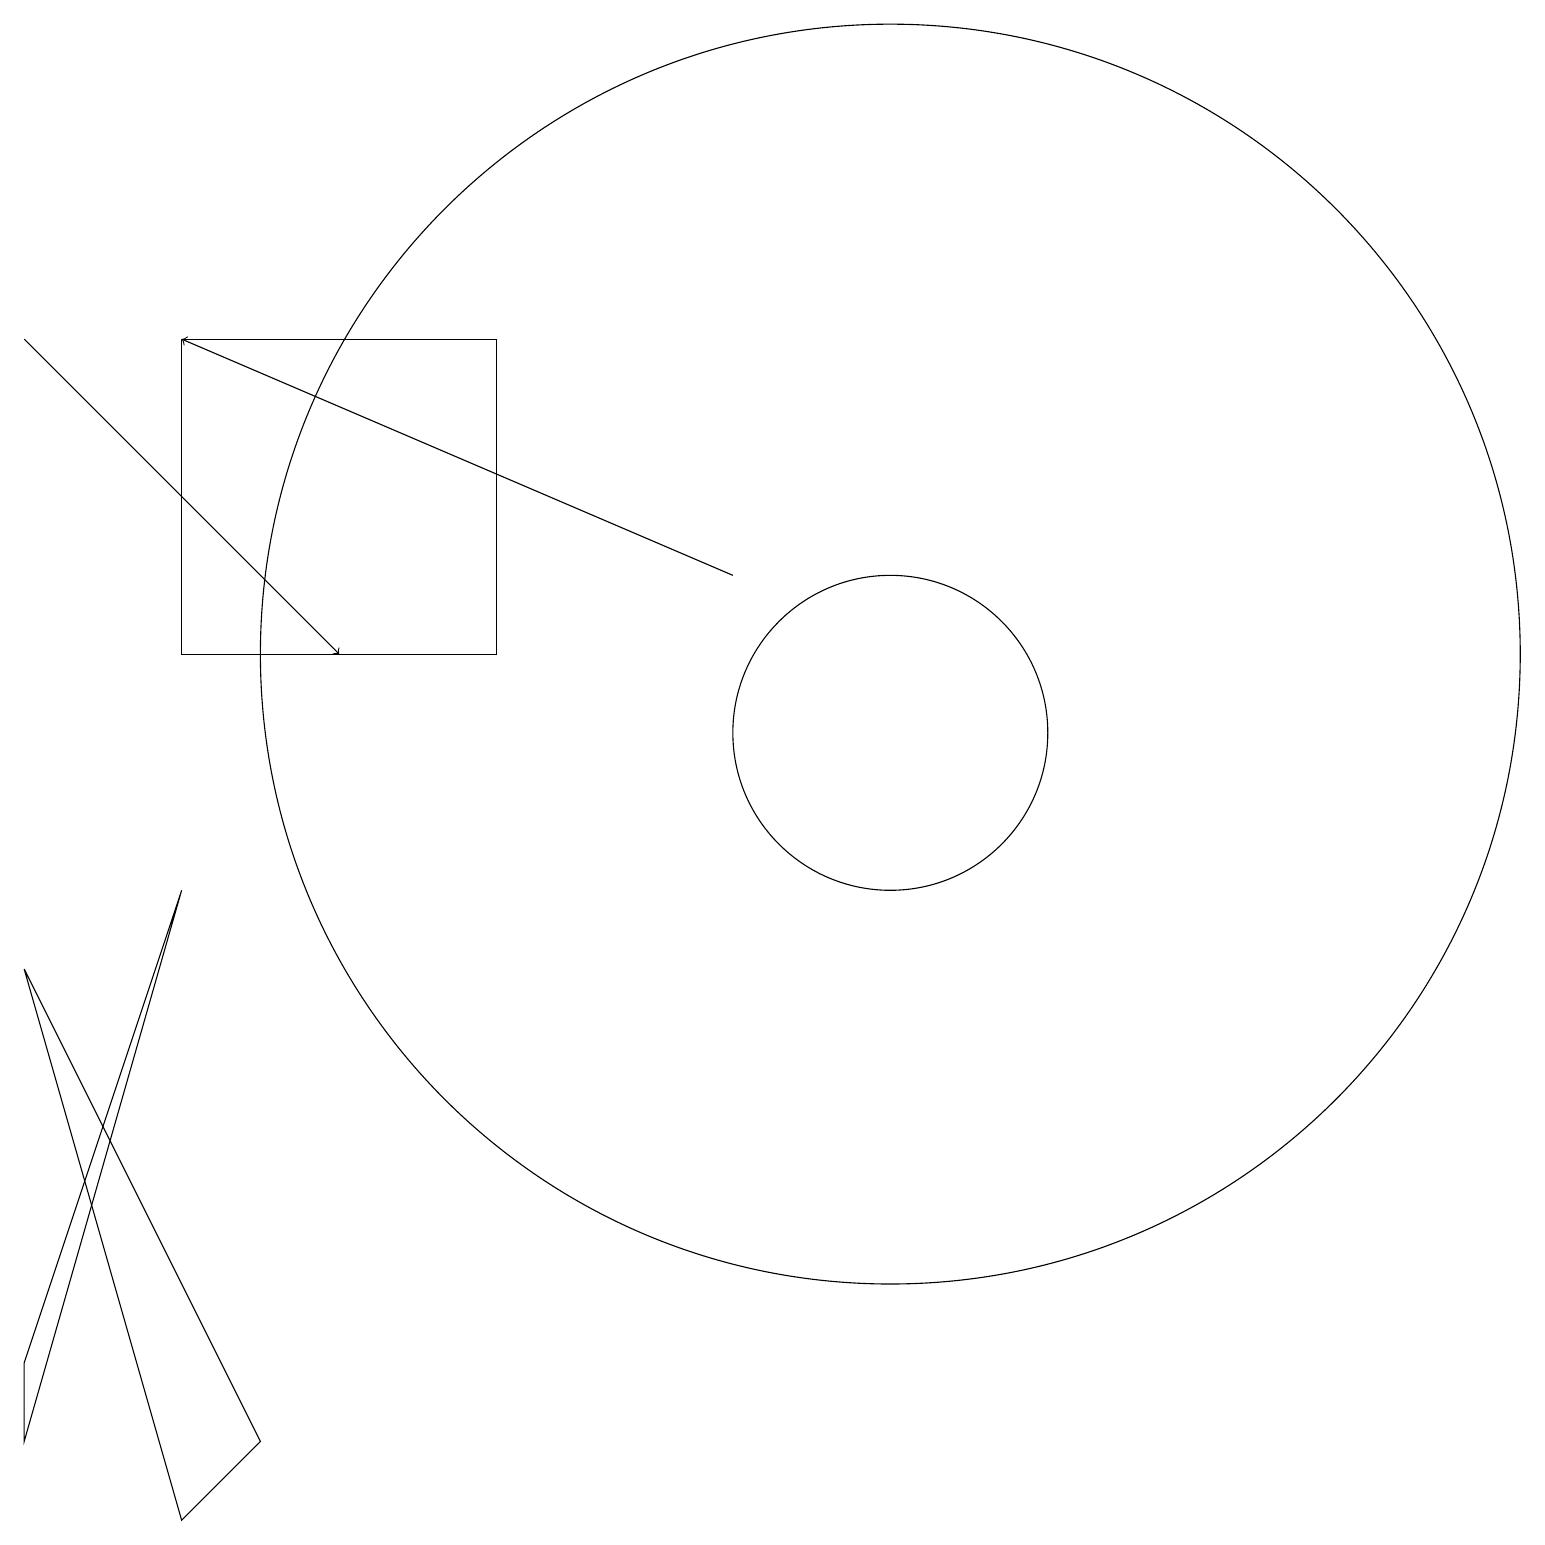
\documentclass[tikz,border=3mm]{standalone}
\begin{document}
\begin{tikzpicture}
\draw (2,9) -- (0,3) -- (0,2) -- cycle;
\draw (2,12) rectangle (6,16);
\draw[->] (0,16) -- (4,12);
\draw (10,11) circle (0);
\draw (0,8) -- (3,2) -- (2,1) -- cycle;
\draw (11,12) circle (8);
\draw (11,11) circle (2);
\draw[->] (9,13) -- (2,16);
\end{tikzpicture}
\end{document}